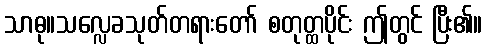
သာဓု။သလ္လေခသုတ်တရားတော် စတုတ္ထပိုင်း ဤတွင် ပြီး၏။